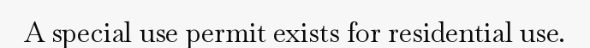
A special use permit exists for residential use.